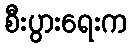
စီးပွားရေးက